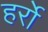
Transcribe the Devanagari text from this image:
हर्रो